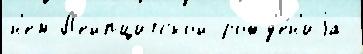
н'ем Л'ейпцигской рожд'е́н'иjа